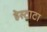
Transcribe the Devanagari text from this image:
हेस्टाटा